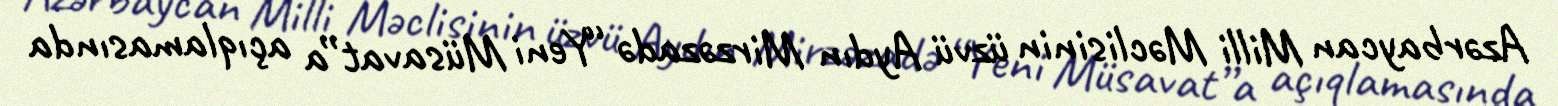
Azərbaycan Milli Məclisinin üzvü Aydın Mirzəzadə “Yeni Müsavat”a açıqlamasında